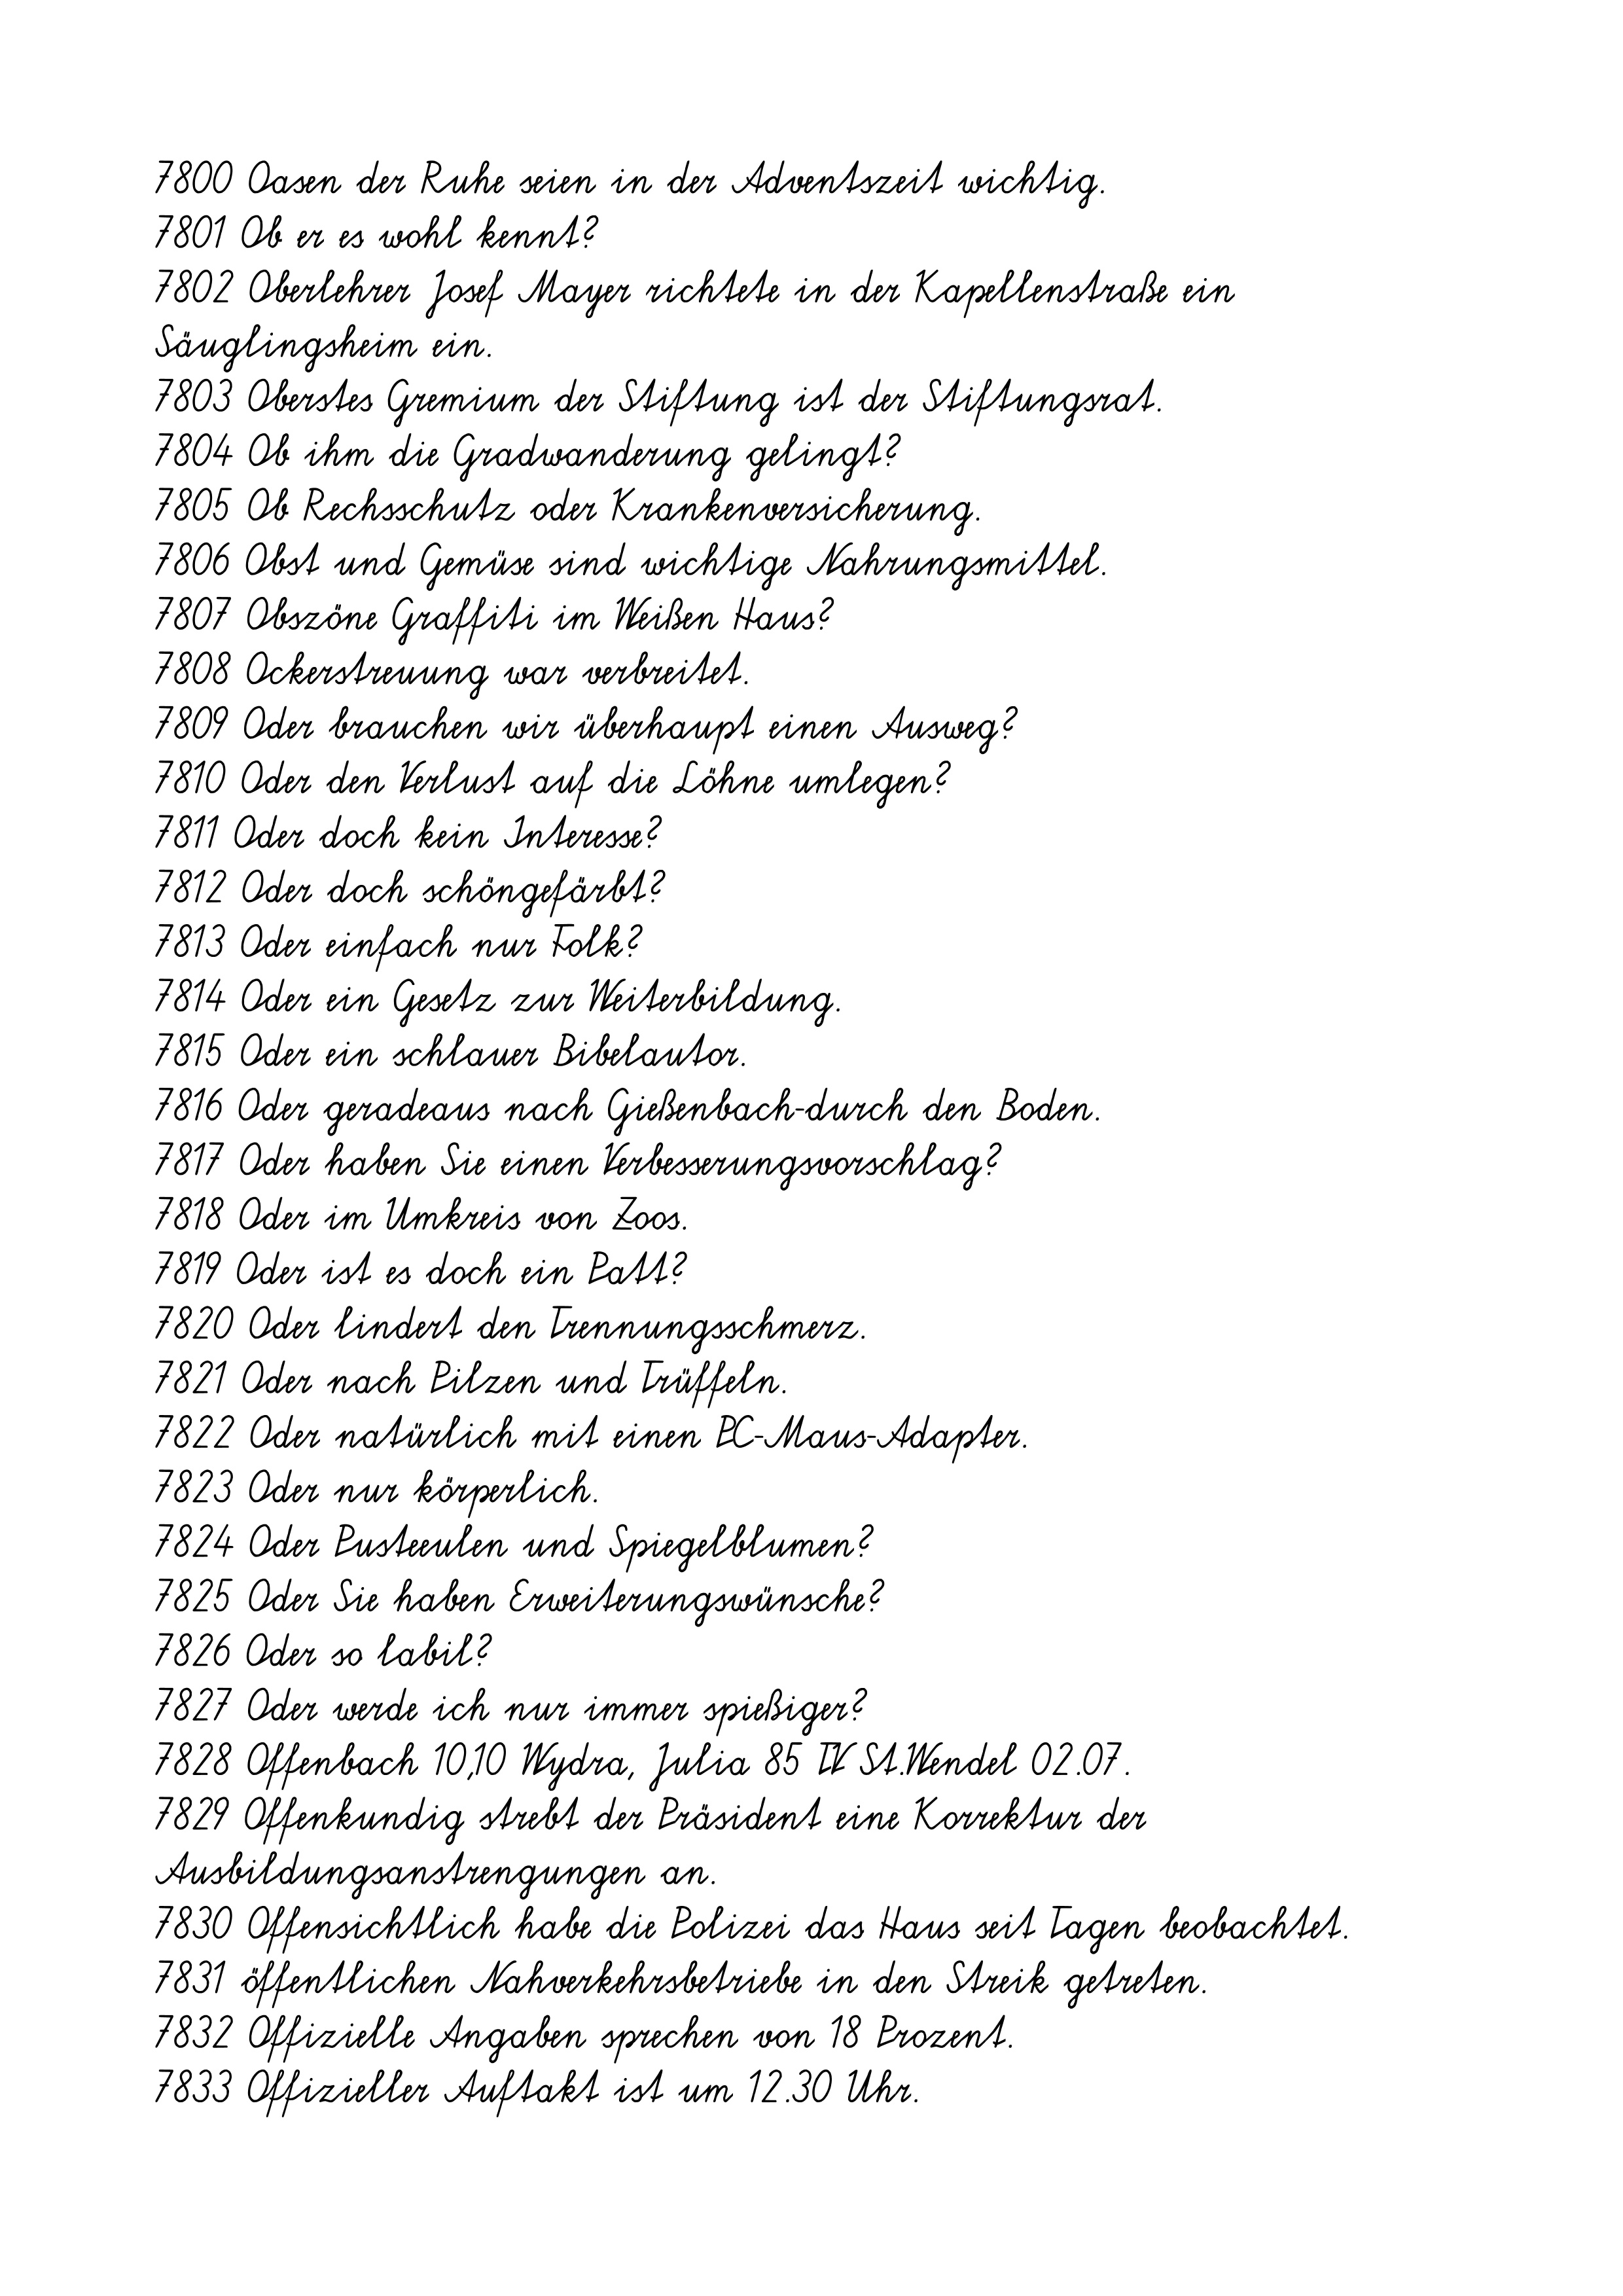
7800 Oasen der Ruhe seien in der Adventszeit wichtig.
7801 Ob er es wohl kennt?
7802 Oberlehrer Josef Mayer richtete in der Kapellenstraße ein
Säuglingsheim ein.
7803 Oberstes Gremium der Stiftung ist der Stiftungsrat.
7804 Ob ihm die Gradwanderung gelingt?
7805 Ob Rechsschutz oder Krankenversicherung.
7806 Obst und Gemüse sind wichtige Nahrungsmittel.
7807 Obszöne Graffiti im Weißen Haus?
7808 Ockerstreuung war verbreitet.
7809 Oder brauchen wir überhaupt einen Ausweg?
7810 Oder den Verlust auf die Löhne umlegen?
7811 Oder doch kein Interesse?
7812 Oder doch schöngefärbt?
7813 Oder einfach nur Folk?
7814 Oder ein Gesetz zur Weiterbildung.
7815 Oder ein schlauer Bibelautor.
7816 Oder geradeaus nach Gießenbach-durch den Boden.
7817 Oder haben Sie einen Verbesserungsvorschlag?
7818 Oder im Umkreis von Zoos.
7819 Oder ist es doch ein Patt?
7820 Oder lindert den Trennungsschmerz.
7821 Oder nach Pilzen und Trüffeln.
7822 Oder natürlich mit einen PC-Maus-Adapter.
7823 Oder nur körperlich.
7824 Oder Pusteeulen und Spiegelblumen?
7825 Oder Sie haben Erweiterungswünsche?
7826 Oder so labil?
7827 Oder werde ich nur immer spießiger?
7828 Offenbach 10,10 Wydra, Julia 85 TV St.Wendel 02.07.
7829 Offenkundig strebt der Präsident eine Korrektur der
Ausbildungsanstrengungen an.
7830 Offensichtlich habe die Polizei das Haus seit Tagen beobachtet.
7831 öffentlichen Nahverkehrsbetriebe in den Streik getreten.
7832 Offizielle Angaben sprechen von 18 Prozent.
7833 Offizieller Auftakt ist um 12.30 Uhr.